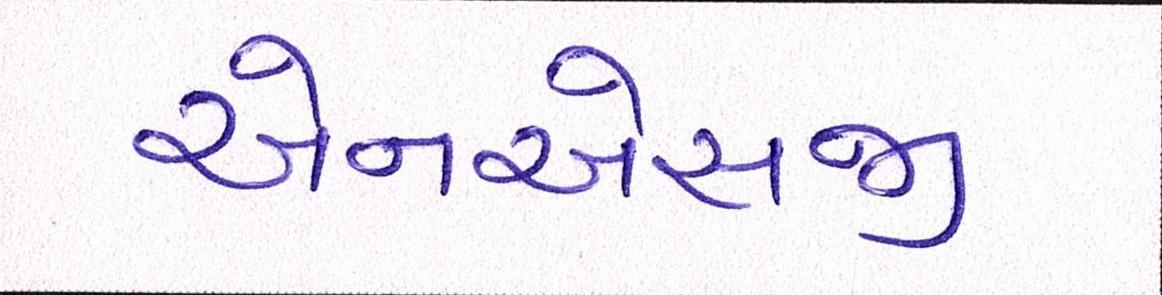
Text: એનએસજી